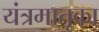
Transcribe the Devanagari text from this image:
यंत्रमातृका